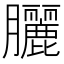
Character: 𫇃